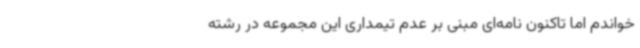
خواندم اما تاکنون نامه‌ای مبنی بر عدم تیمداری این مجموعه در رشته